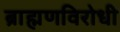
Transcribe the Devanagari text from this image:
ब्राह्मणविरोधी